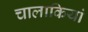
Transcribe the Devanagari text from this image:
चालाकियां